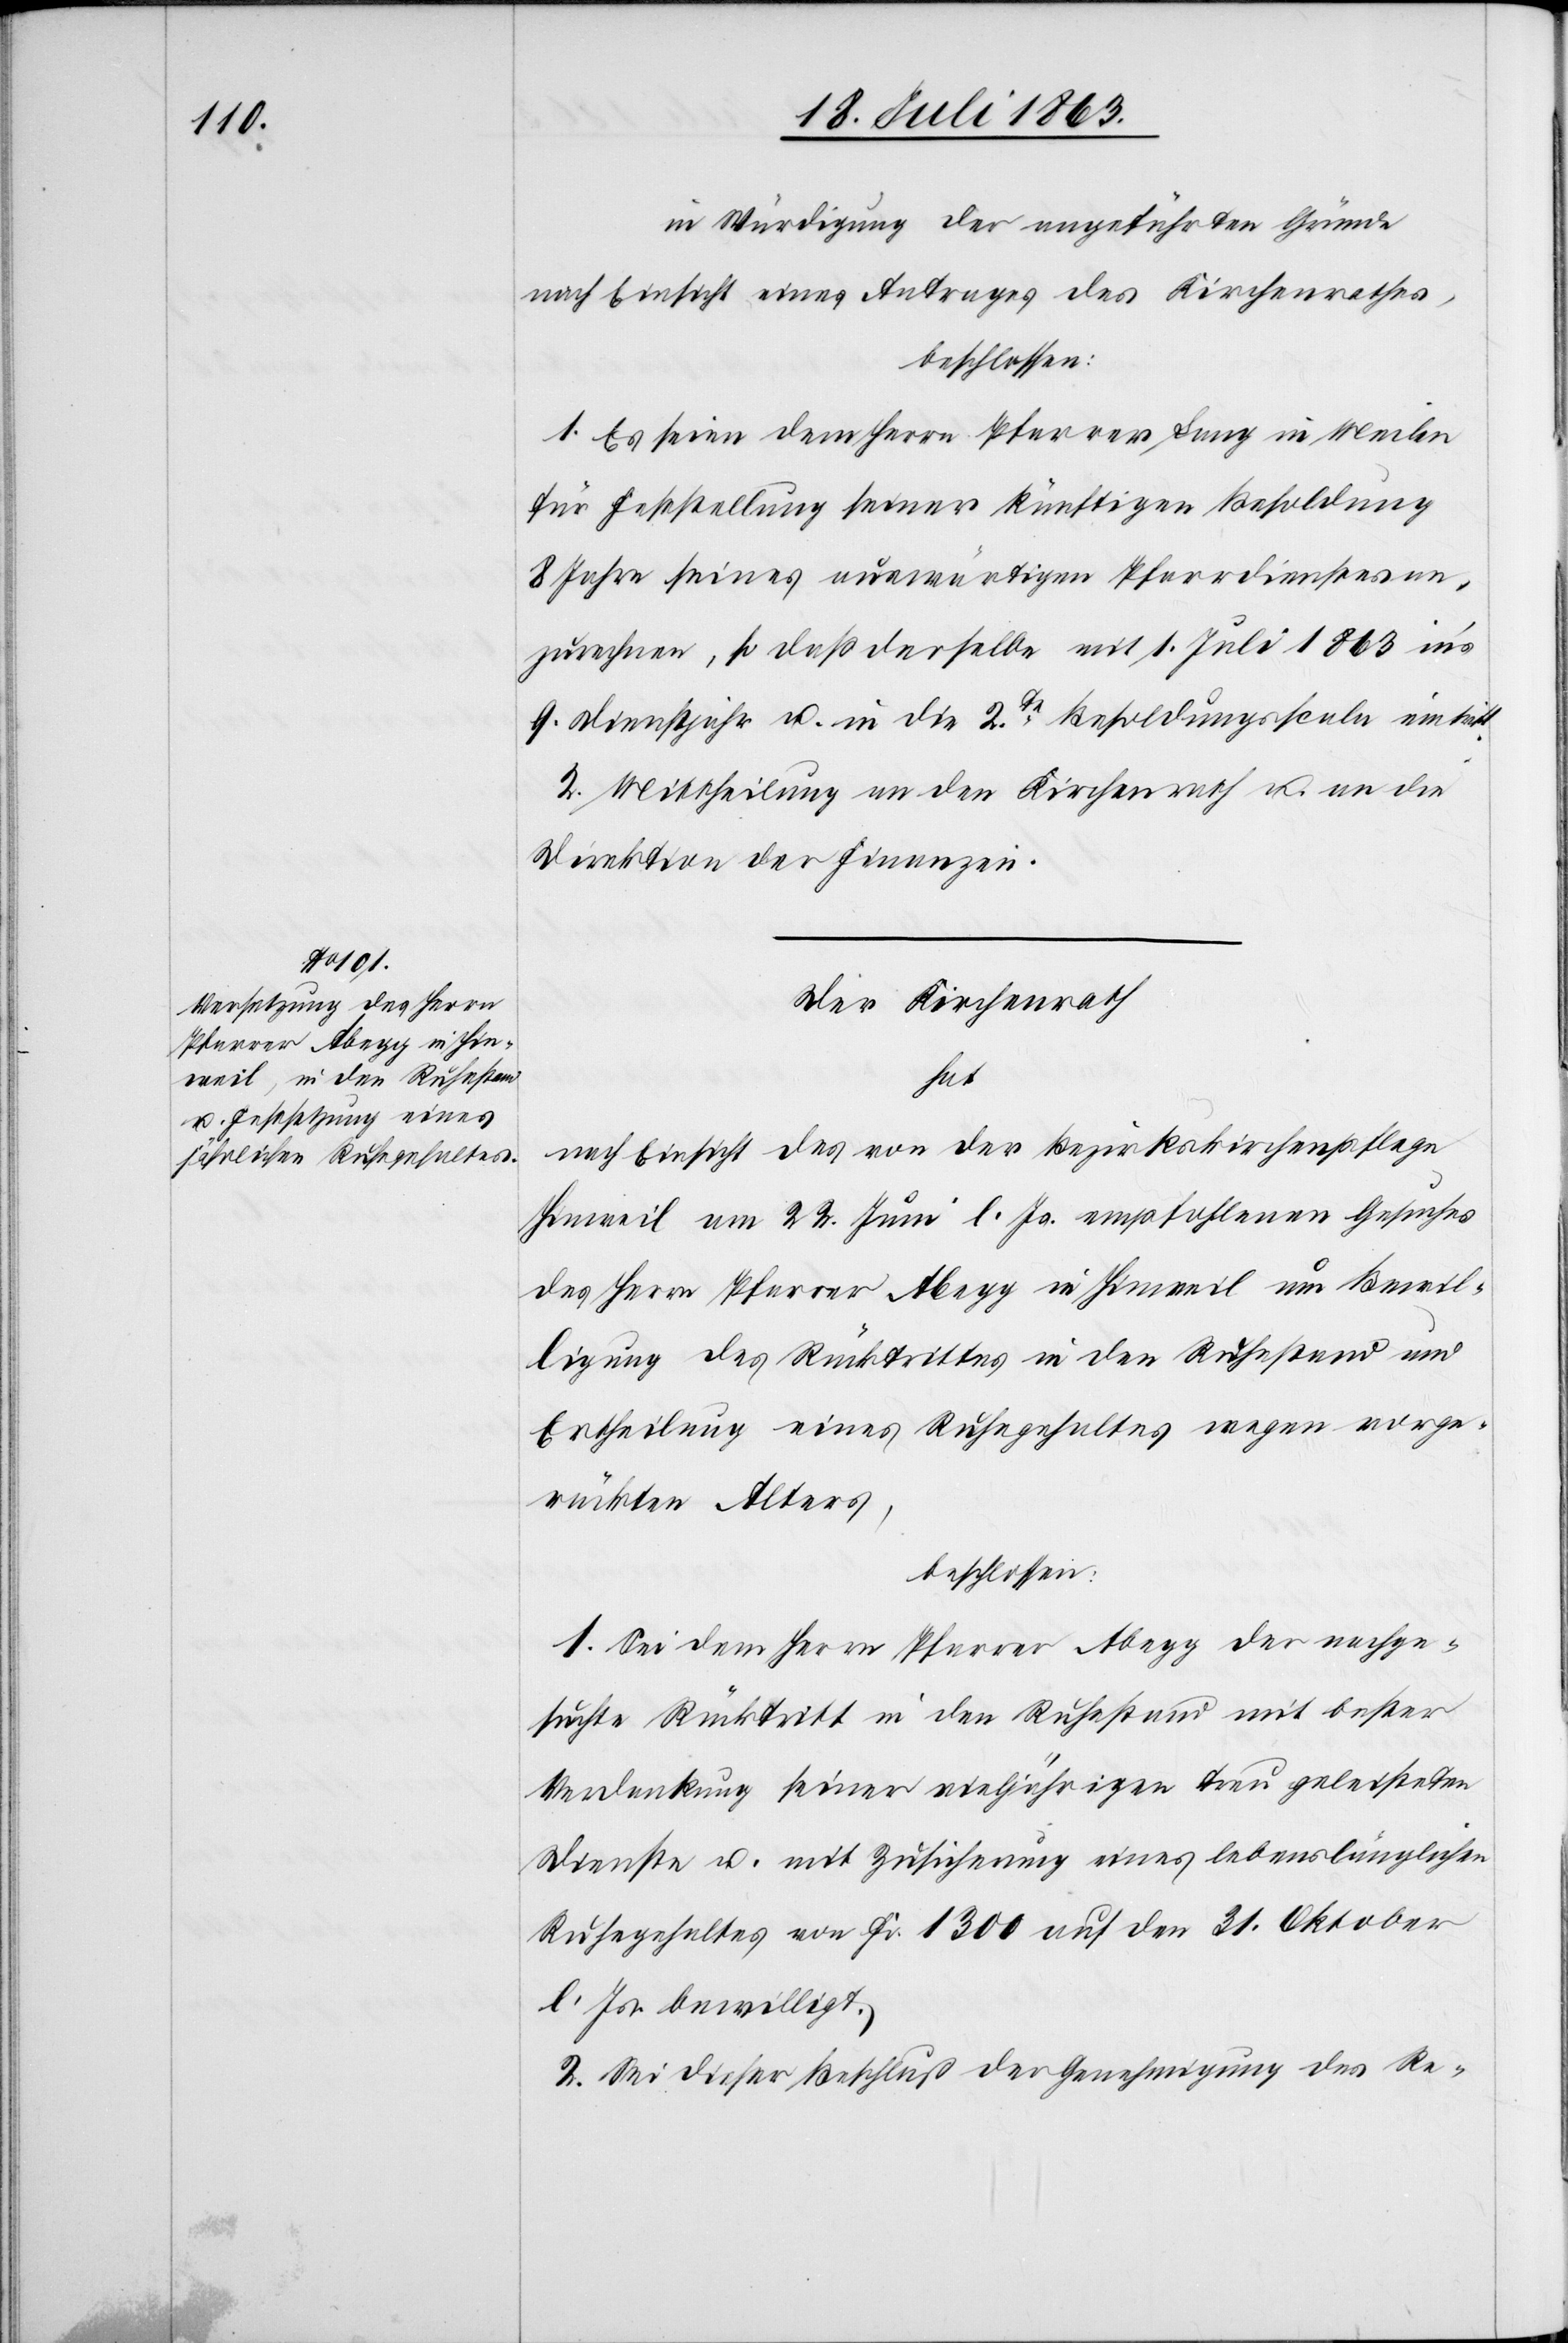
in Würdigung der angeführten Gründe
nach Einsicht eines Antrages des Kirchenrathes,
beschlossen:
1. Es seien dem Herrn Pfarrer Lang in Meilen
für Feststellung seiner künftigen Besoldung
8 Jahre seines auswärtigen Pfarrdienstes an¬
zurechnen, so daß derselbe mit 1. Juli 1863 in's
9. Dienstjahr u. in die 2te Besoldungsscala eintritt.
2. Mittheilung an den Kirchenrath u. an die
Direktion der Finanzen.
Der Kirchenrath
hat
nach Einsicht des von der Bezirkskirchenpflege
Hinweil am 22. Juni l. Js. empfohlenen Gesuches
des Herrn Pfarrer Abegg in Hinweil um Bewil¬
ligung des Rücktrittes in den Ruhestand und
Ertheilung eines Ruhegehaltes wegen vorge¬
rückten Alters,
1. Sei dem Herrn Pfarrer Abegg der nachge¬
suchte Rücktritt in den Ruhestand mit bester
Verdankung seiner vieljährigen treu geleisteten
Dienste u. mit Zusicherung eines lebenslänglichen
Ruhegehaltes von Fr. 1300 auf den 31. Oktober
l. Js. bewilligt.
2. Sei dieser Beschluß der Genehmigung des Re-